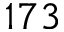
1 7 3